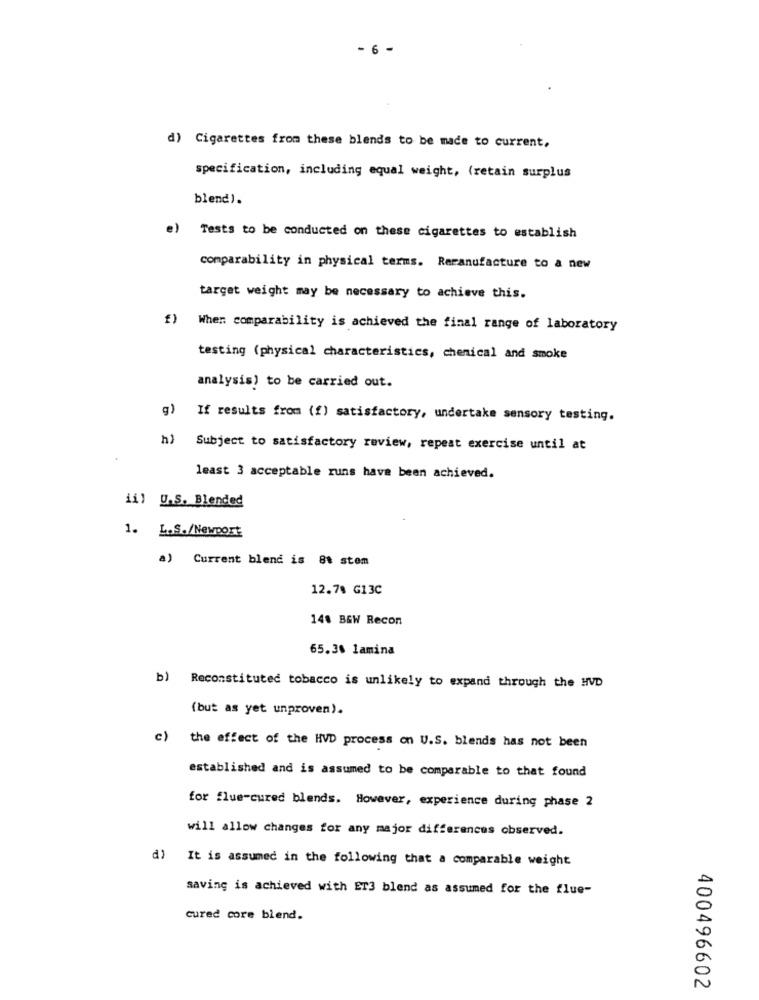
6
d) Cigarettes from these blends to be made to current,
specification, including equal weight, (retain surplus
blend).
e) Tests to be conducted on these cigarettes to establish
comparability in physical terms. Reranufacture to a new
target weight may be necessary to achieve this.
f) When comparability is achieved the final range of laboratory
testing (physical characteristics, chemical and smoke
analysis) to be carried out.
g) If results from (f) satisfactory, undertake sensory testing.
h) Subject to satisfactory review, repeat exercise until at
.
least 3 acceptable runs have been achieved.
ii) U.S. Blended
1. L.S./Newport
a) Current blend is 8t stem
12.78 G13C
148 B&W Recon
65.30 lamina
b) Reconstituted tobacco is unlikely to expand through the HVD
(but as yet unproven).
c) the effect of the HVD process on U.S. blends has not been
established and is assumed to be comparable to that found
for flue-cured blends. However, experience during phase 2
will allow changes for any major differences observed.
d) It is assumed in the following that a comparable weight
saving is achieved with ET3 blend as assumed for the flue-
cured core blend.
400496602